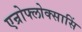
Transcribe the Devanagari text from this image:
एन्रोफ्लोक्सासिं